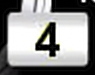
Digit: 4